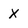
Character: x